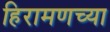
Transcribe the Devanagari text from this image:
हिरामणच्या